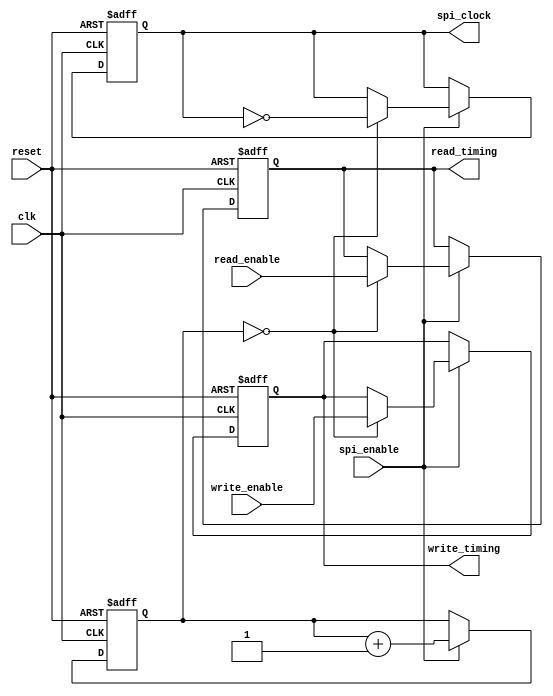
module spi_timing_control_and_sync (
  input wire reset,
  input wire clk,
  input wire spi_enable,
  input wire write_enable,
  input wire read_enable,
  output wire spi_clock,
  output wire write_timing,
  output wire read_timing
);

reg [2:0] counter;

always @(posedge clk or posedge reset) begin
  if (reset) begin
    counter <= 0;
    spi_clock <= 0;
    write_timing <= 0;
    read_timing <= 0;
  end else if (spi_enable) begin
    if (counter == 3'd0) begin
      spi_clock <= ~spi_clock;
      write_timing <= write_enable;
      read_timing <= read_enable;
    end
    counter <= counter + 1;
  end
end

endmodule